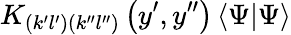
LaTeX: K_{\left(k^{\prime}l^{\prime}\right)\left(k^{\prime\prime}l^{\prime\prime}\right)}\left(y^{\prime},y^{\prime\prime}\right)\left\langle\Psi|\Psi\right\rangle